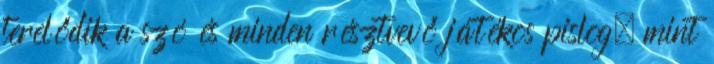
terelődik a szó és minden résztvevő játékos pislog, mint